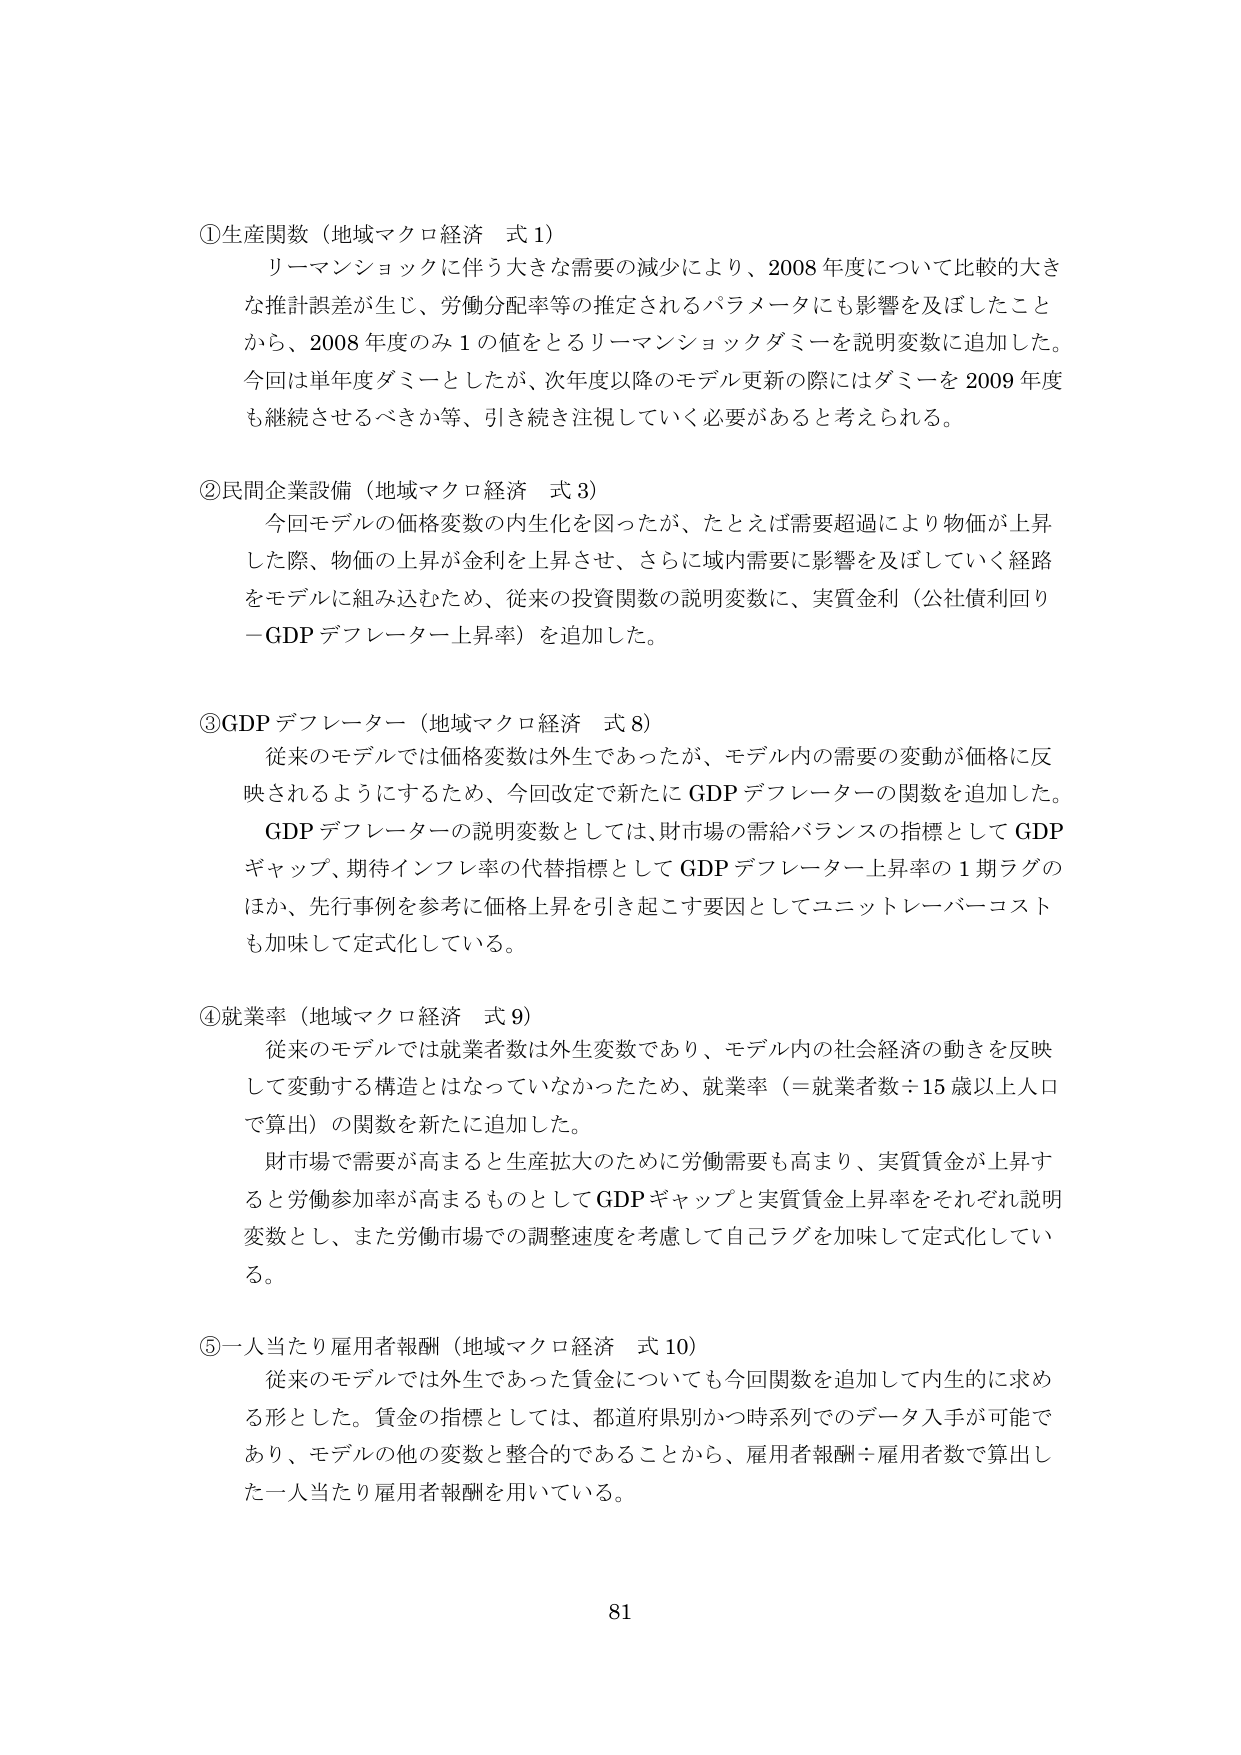
①生産関数（地域マクロ経済 式1）
リーマンショックに伴う大きな需要の減少により、2008年度について比較的大きな推計誤差が生じ、労働分配率等の推定されるパラメータにも影響を及ぼしたことから、2008年度のみ1の値をとるリーマンショックダミーを説明変数に追加した。今回は単年度ダミーとしたが、次年度以降のモデル更新の際にはダミーを2009年度も継続させるべきか等、引き続き注視していく必要があると考えられる。

②民間企業設備（地域マクロ経済 式3）
今回モデルの価格変数の内生化を図ったが、たとえば需要超過により物価が上昇した際、物価の上昇が金利を上昇させ、さらに域内需要に影響を及ぼしていく経路をモデルに組み込むため、従来の投資関数の説明変数に、実質金利（公社債利回り－GDPデフレーター上昇率）を追加した。

③GDPデフレーター（地域マクロ経済 式8）
従来のモデルでは価格変数は外生であったが、モデル内の需要の変動が価格に反映されるようにするため、今回改定で新たにGDPデフレーターの関数を追加した。GDPデフレーターの説明変数としては、財市場の需給バランスの指標としてGDPギャップ、期待インフレ率の代替指標としてGDPデフレーター上昇率の1期ラグのほか、先行事例を参考に価格上昇を引き起こす要因としてユニットレーバーコストも加味して定式化している。

④就業率（地域マクロ経済 式9）
従来のモデルでは就業者数は外生変数であり、モデル内の社会経済の動きを反映して変動する構造とはなっていなかったため、就業率（＝就業者数÷15歳以上人口で算出）の関数を新たに追加した。財市場で需要が高まると生産拡大のために労働需要も高まり、実質賃金が上昇すると労働参加率が高まるものとしてGDPギャップと実質賃金上昇率をそれぞれ説明変数とし、また労働市場での調整速度を考慮して自己ラグを加味して定式化している。

⑤一人当たり雇用者報酬（地域マクロ経済 式10）
従来のモデルでは外生であった賃金についても今回関数を追加して内生的に求める形とした。賃金の指標としては、都道府県別かつ時系列でのデータ入手が可能であり、モデルの他の変数と整合的であることから、雇用者報酬÷雇用者数で算出した一人当たり雇用者報酬を用いている。

81